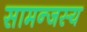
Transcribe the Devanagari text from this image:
सामन्‍जस्‍य